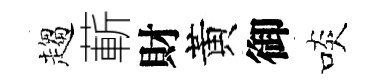
趨蔪財黃御啖